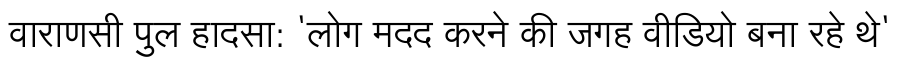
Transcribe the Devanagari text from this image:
वाराणसी पुल हादसा: 'लोग मदद करने की जगह वीडियो बना रहे थे'